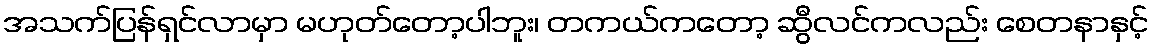
အသက်ပြန်ရှင်လာမှာ မဟုတ်တော့ပါဘူး၊ တကယ်ကတော့ ဆွီလင်ကလည်း စေတနာနှင့်